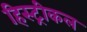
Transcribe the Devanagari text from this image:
हिस्ट्रीकल